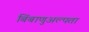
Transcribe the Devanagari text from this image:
बिंबाणुअल्पता